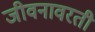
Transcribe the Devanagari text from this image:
जीवनावरती